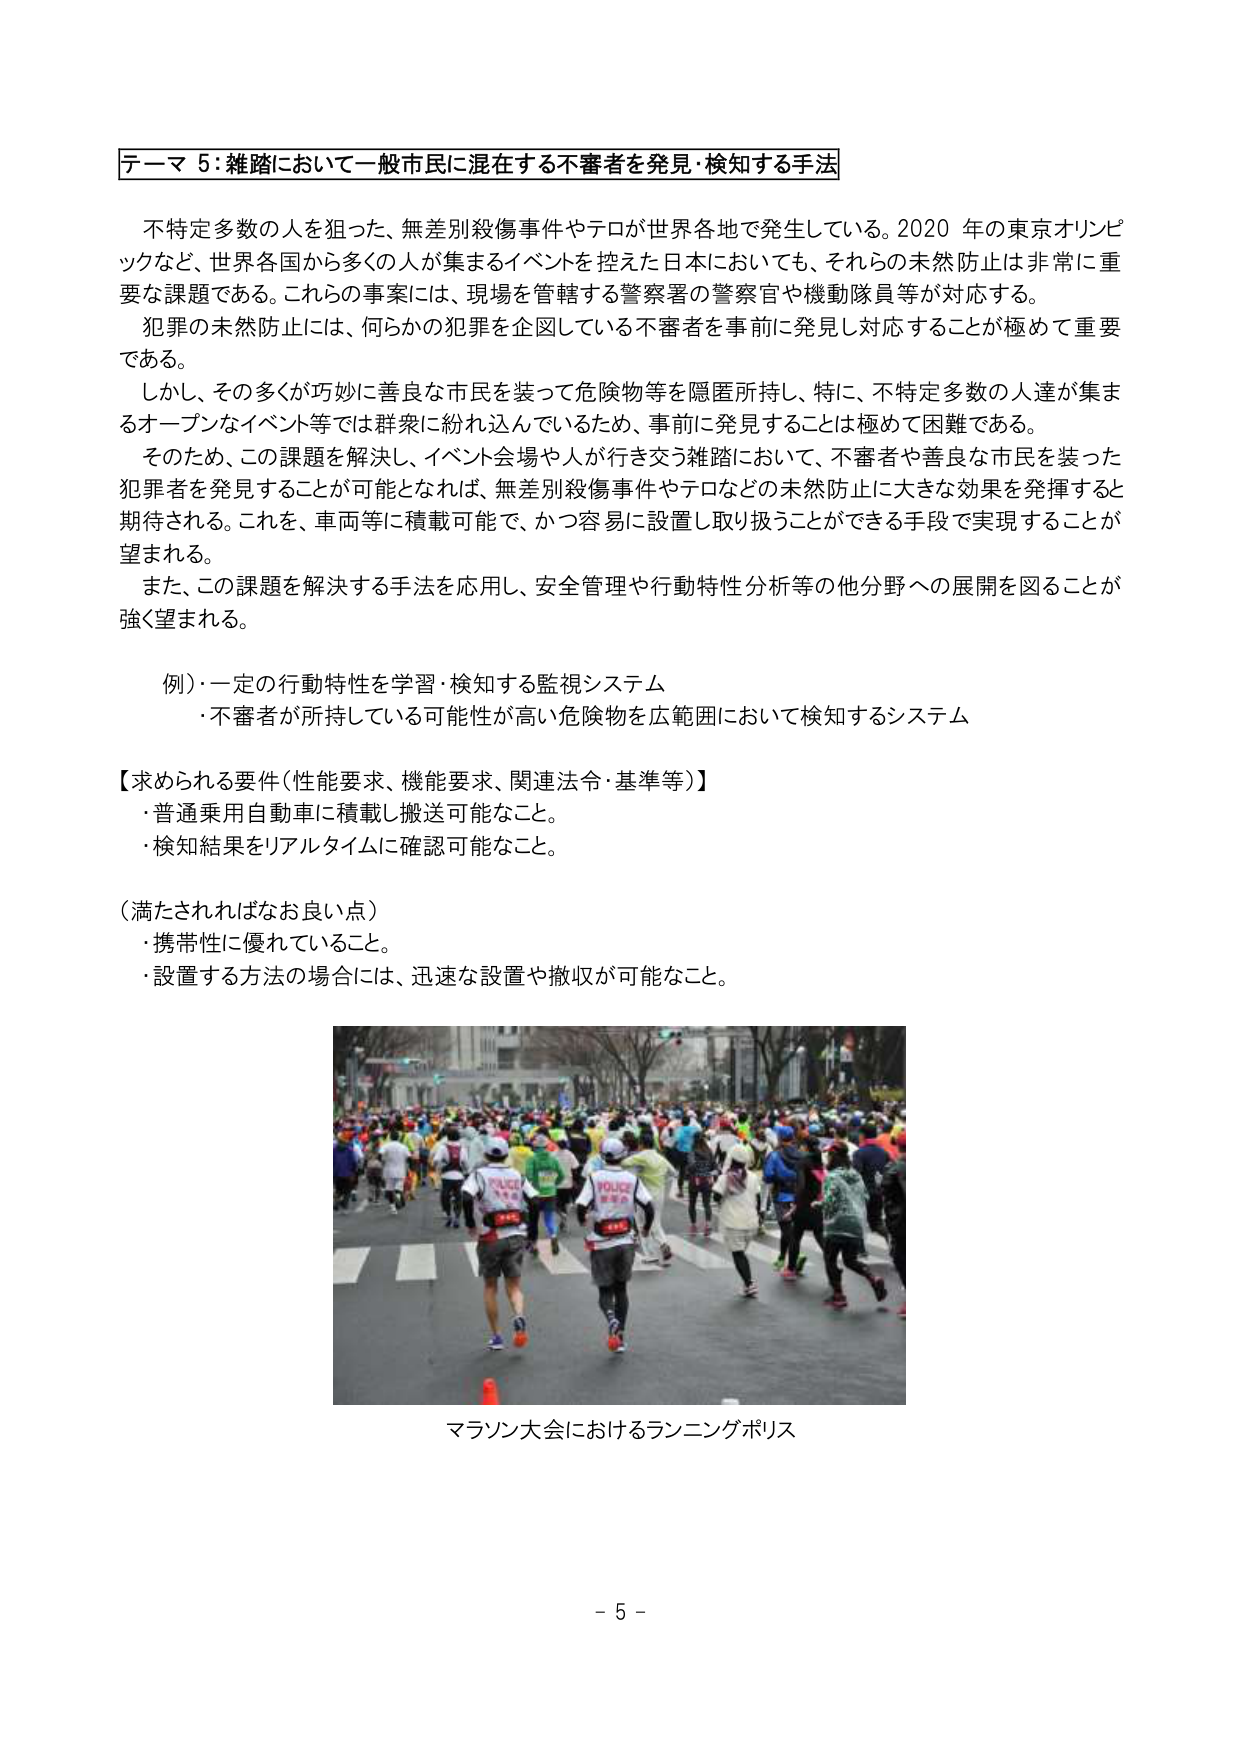
テーマ５：雑踏において一般市民に混在する不審者を発見・検知する手法

不特定多数の人を狙った、無差別殺傷事件やテロが世界各地で発生している。2020年の東京オリンピックなど、世界各国から多くの人が集まるイベントを控えた日本においても、それらの未然防止は非常に重要な課題である。これらの事案には、現場を管轄する警察署の警察官や機動隊員等が対応する。

犯罪の未然防止には、何らかの犯罪を企図している不審者を事前に発見し対応することが極めて重要である。

しかし、その多くが巧妙に善良な市民を装って危険物等を隠匿所持し、特に、不特定多数の人達が集まるオープンなイベント等では群衆に紛れ込んでいるため、事前に発見することは極めて困難である。

そのため、この課題を解決し、イベント会場や人が行き交う雑踏において、不審者や善良な市民を装った犯罪者を発見することが可能となれば、無差別殺傷事件やテロなどの未然防止に大きな効果を発揮すると期待される。これを、車両等に積載可能で、かつ容易に設置し取り扱うことができる手段で実現することが望まれる。

また、この課題を解決する手法を応用し、安全管理や行動特性分析等の他分野への展開を図ることが強く望まれる。

例）・一定の行動特性を学習・検知する監視システム
　　・不審者が所持している可能性が高い危険物を広範囲において検知するシステム

【求められる要件（性能要求、機能要求、関連法令・基準等）】
・普通乗用自動車に積載し搬送可能なこと。
・検知結果をリアルタイムに確認可能なこと。

（満たされればなお良い点）
・携帯性に優れていること。
・設置する方法の場合には、迅速な設置や撤収が可能なこと。

マラソン大会におけるランニングポリス

－ 5 －